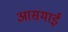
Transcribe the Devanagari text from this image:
आसमाई